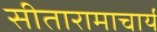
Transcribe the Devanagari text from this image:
सीतारामाचार्य